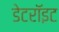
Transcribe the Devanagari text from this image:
डेटरॉइट